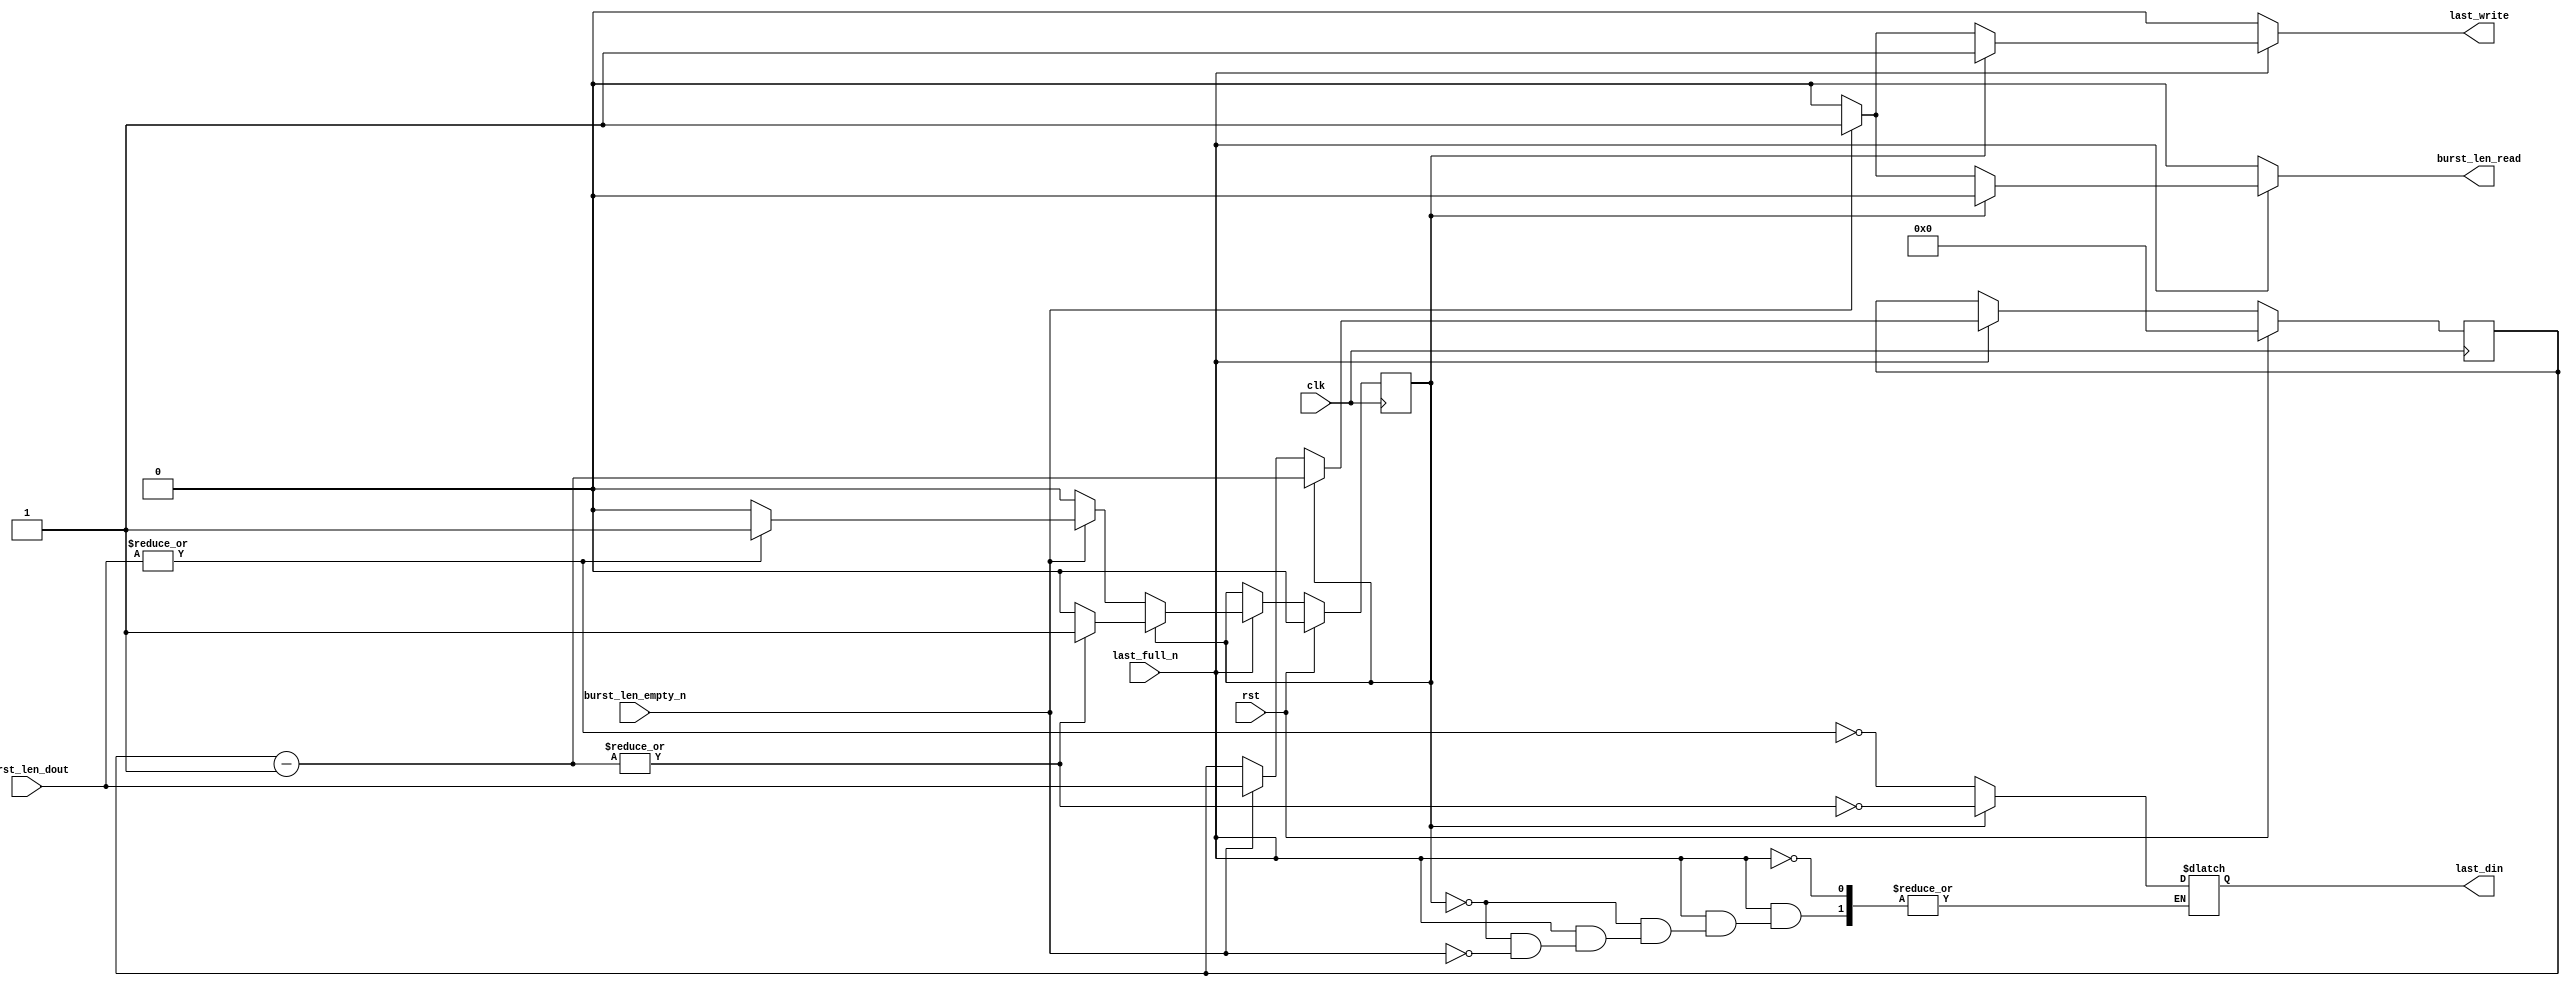
`default_nettype none

module generate_last #(
  parameter BurstLenWidth = 8
) (
  input wire clk,
  input wire rst,

  input  wire [BurstLenWidth-1:0] burst_len_dout,
  input  wire                     burst_len_empty_n,
  output reg                      burst_len_read,

  output reg  last_din,
  input  wire last_full_n,
  output reg  last_write
);

  // state
  reg                     busy;
  reg [BurstLenWidth-1:0] count;

  // logic
  reg                     busy_next;
  reg [BurstLenWidth-1:0] count_next;

  always @* begin
    busy_next = busy;
    count_next = count;
    burst_len_read = 1'b0;
    last_write = 1'b0;

    if (last_full_n) begin
      if (busy == 1'b0) begin
        if (burst_len_empty_n) begin
          // read from burst_len
          burst_len_read = 1'b1;
          count_next = burst_len_dout;

          // write to last
          last_write = 1'b1;
          last_din = ~|count_next;

          // change busy
          if (|count_next) busy_next = 1'b1;
        end
      end else begin
        count_next = count - 1'b1;

        // write to last
        last_write = 1'b1;
        last_din = ~|count_next;

        // change busy
        if (~|count_next) busy_next = 1'b0;
      end
    end
  end

  always @(posedge clk) begin
    if (rst) begin
      busy <= 1'b0;
      count <= {BurstLenWidth{1'b0}};
    end else begin
      busy <= busy_next;
      count <= count_next;
    end
  end

endmodule  // generate_last

`default_nettype wire